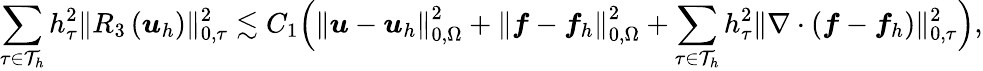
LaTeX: \sum_{\tau\in\mathcal{T}_{h}}h_{\tau}^{2}\| R_{3}\left(\boldsymbol{u}_{h}\right)\| _{0,\tau}^{2}\lesssim C_{1}\Big(\left\| \boldsymbol{u}-\boldsymbol{u}_{h}\right\| _{0,\Omega}^{2}+\left\| \boldsymbol{f}-\boldsymbol{f}_{h}\right\| _{0,\Omega}^{2}+\sum_{\tau\in\mathcal{T}_{h}}h_{\tau}^{2}\| \nabla\cdot\left(\boldsymbol{f}-\boldsymbol{f}_{h}\right)\| _{0,\tau}^{2}\Big),